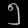
Digit: ၅